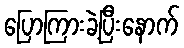
ပြောကြားခဲ့ပြီးနောက်